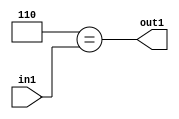
`timescale 1ps / 1ps
/*****************************************************************************
    Verilog RTL Description
    
    
    Created by: Stratus DpOpt 2019.1.01 
*******************************************************************************/

module in_buff_Eqi6u3_4_0 (
	in1,
	out1
	); /* architecture "behavioural" */ 
input [2:0] in1;
output  out1;
wire  asc001;

assign asc001 = (8'B00000110==in1);

assign out1 = asc001;
endmodule

/* CADENCE  urjxSg4= : u9/ySgnWtBlWxVPRXgAZ4Og= ** DO NOT EDIT THIS LINE ******/